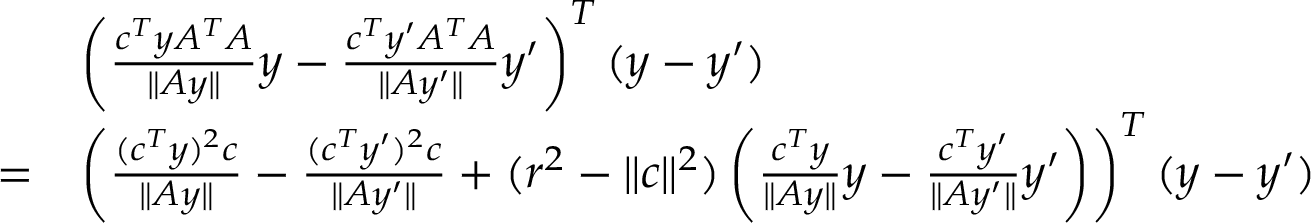
\begin{array} { r l } & { \left( \frac { c ^ { T } y A ^ { T } A } { \| A y \| } y - \frac { c ^ { T } y ^ { \prime } A ^ { T } A } { \| A y ^ { \prime } \| } y ^ { \prime } \right) ^ { T } ( y - y ^ { \prime } ) } \\ { = } & { \left( \frac { ( c ^ { T } y ) ^ { 2 } c } { \| A y \| } - \frac { ( c ^ { T } y ^ { \prime } ) ^ { 2 } c } { \| A y ^ { \prime } \| } + ( r ^ { 2 } - \| c \| ^ { 2 } ) \left( \frac { c ^ { T } y } { \| A y \| } y - \frac { c ^ { T } y ^ { \prime } } { \| A y ^ { \prime } \| } y ^ { \prime } \right) \right) ^ { T } ( y - y ^ { \prime } ) } \end{array}